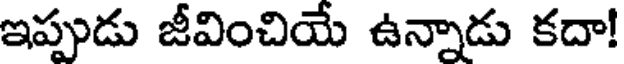
ఇప్పుడు జీవించియే ఉన్నాడు కదా!